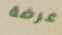
عرضة